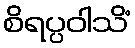
စိရပ္ပဝါသိံ